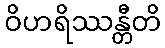
ဝိဟရိဿန္တီတိ